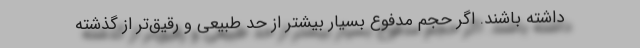
داشته باشند. اگر حجم مدفوع بسیار بیشتر از حد طبیعی و رقیق‌تر از گذشته